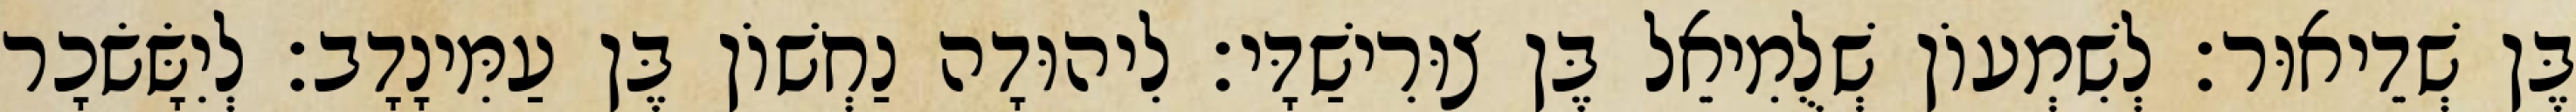
בֶּן שְׁדֵיאוּר׃ לְשִׁמְעוֹן שְׁלֻמִיאֵל בֶּן צוּרִישַׁדָּי׃ לִיהוּדָה נַחְשׁוֹן בֶּן עַמִּינָדָב׃ לְיִשָּׂשׂכָר